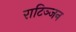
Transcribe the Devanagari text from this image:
राटिञ्जन